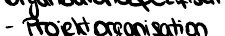
- Projektorganisation